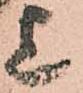
上